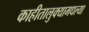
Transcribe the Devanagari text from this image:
काहीतालुक्यामधल्या